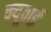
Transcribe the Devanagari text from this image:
क्यूताई